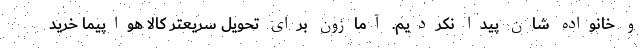
و خانواده شان پیدا نکردیم. آمازون برای تحویل سریعتر کالا هواپیما خرید